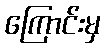
ကြောင်းမှ